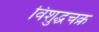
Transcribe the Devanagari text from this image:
विशुद्धचक्र